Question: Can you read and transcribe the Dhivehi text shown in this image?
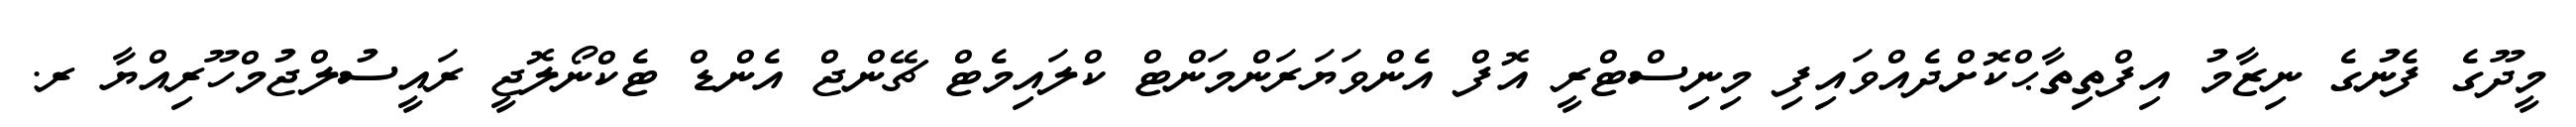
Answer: މީދޫގެ ފެނުގެ ނިޒާމު އިފްތިތާޙްކޮށްދެއްވައިފި މިނިސްޓްރީ އޮފް އެންވަޔަރަންމަންޓް ކްލައިމެޓް ޗޭންޖް އެންޑް ޓެކްނޯލޮޖީ ރައީސުލްޖުމްހޫރިއްޔާ ރ.